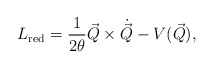
\begin{align*}L_{\rm red}=\frac{1}{2\theta}\vec{Q}\times\dot{\vec{Q}}-V(\vec{Q}),\end{align*}